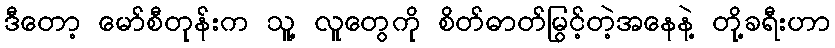
ဒီတော့ မော်စီတုန်းက သူ့ လူတွေကို စိတ်ဓာတ်မြွင့်တဲ့အနေနဲ့ တို့ခရီးဟာ